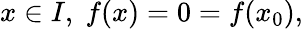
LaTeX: x\in I,\; f(x)=0=f(x_{0}),